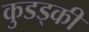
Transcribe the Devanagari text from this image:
कुडड्की